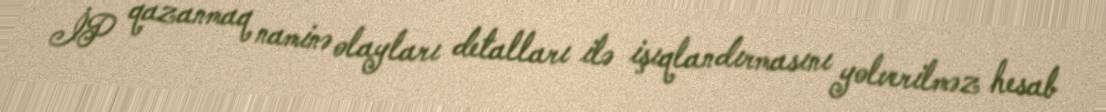
İP qazanmaq naminə olayları detalları ilə işıqlandırmasını yolverilməz hesab